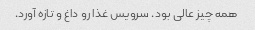
همه چیز عالی بود. سرویس غذا رو داغ و تازه آورد.